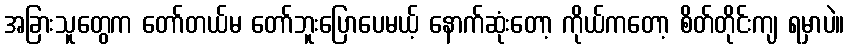
အခြားသူတွေက တော်တယ်မ တော်ဘူးပြောပေမယ့် နောက်ဆုံးတော့ ကိုယ်ကတော့ စိတ်တိုင်းကျ ရမှာပဲ။